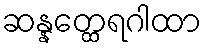
ဆန္နတ္ထေရဂါထာ